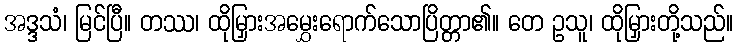
အဒ္ဒသံ၊ မြင်ပြီ။ တဿ၊ ထိုမြှားအမွှေးရောက်သောပြိတ္တာ၏။ တေ ဥသူ၊ ထိုမြှားတို့သည်။